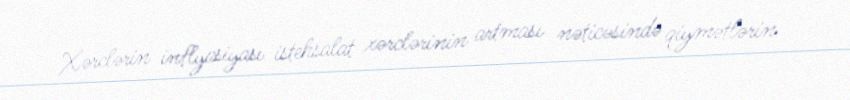
Xərclərin inflyasiyası istehsalat xərclərinin artması nəticəsində qiymətlərin